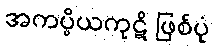
အကပ္ပိယကုဋိ ဖြစ်ပုံ